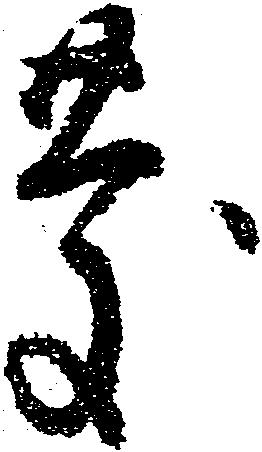
慶